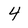
Character: 4